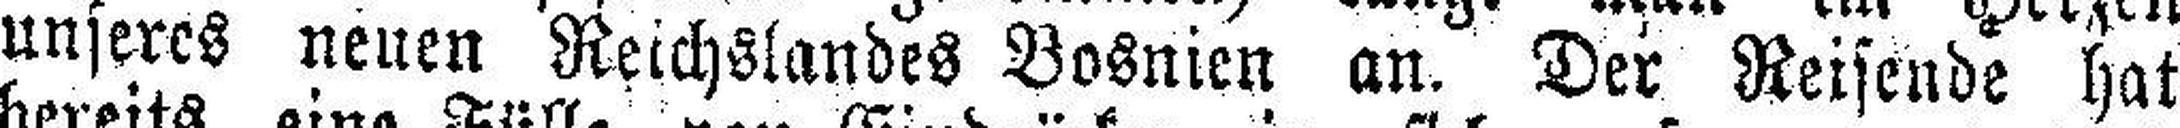
unseres neuen Reichslandes Bosnien an. Der Reisende hat